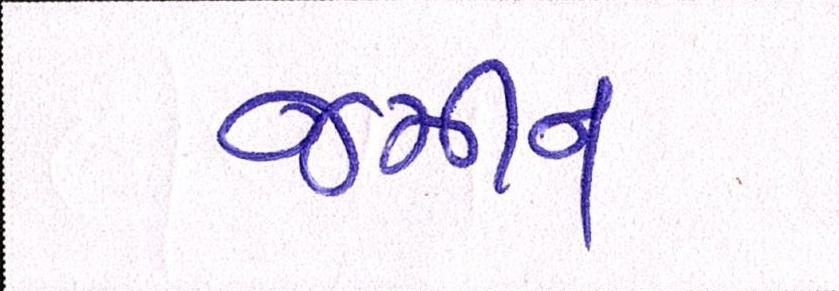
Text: જમીન